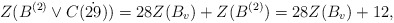
\begin{align*} Z( B^{(2)} \vee C(\dot{29}))=28Z(B_v)+Z(B^{(2)})=28Z(B_v)+12, \end{align*}